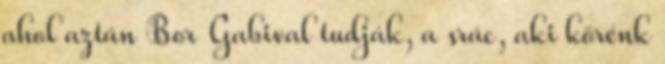
ahol aztán Bor Gabival tudják, a srác, aki körénk